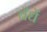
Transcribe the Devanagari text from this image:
बँधें